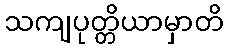
သကျပုတ္တိယာမှာတိ